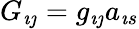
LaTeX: G_{\imath\jmath}=g_{\imath\jmath}a_{\imath s}